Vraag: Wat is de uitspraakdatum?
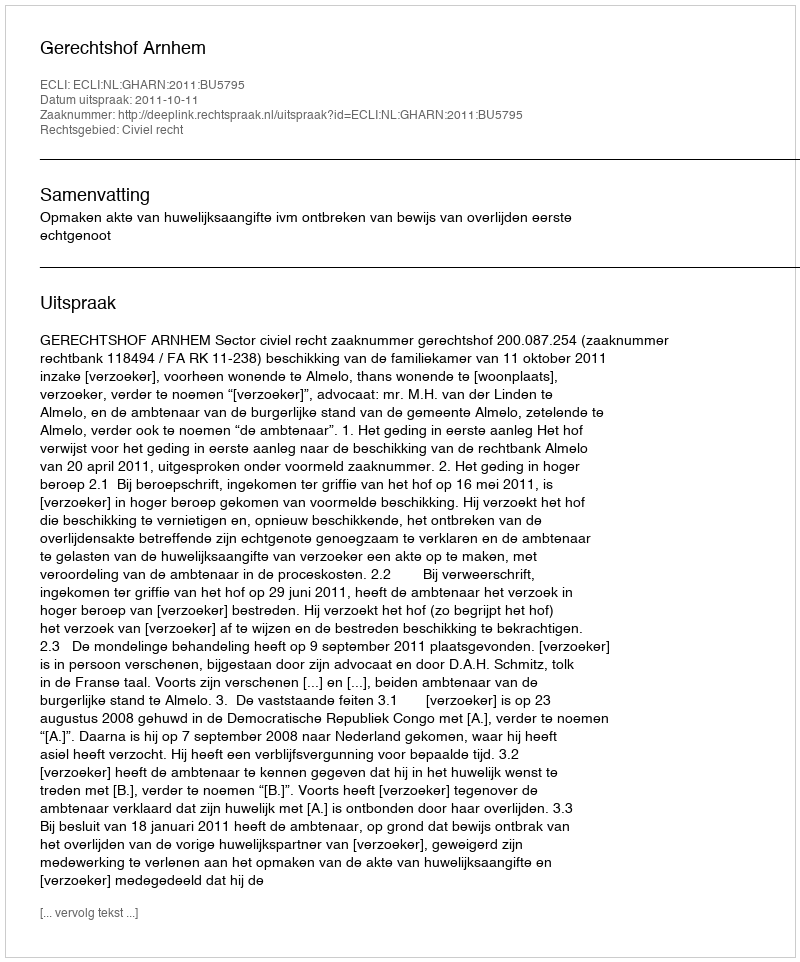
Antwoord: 2011-10-11